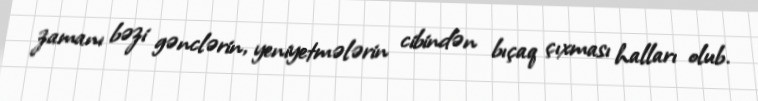
zamanı bəzi gənclərin, yeniyetmələrin cibindən bıçaq çıxması halları olub.